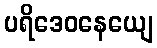
ပရိဒေဝနေယျေ